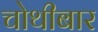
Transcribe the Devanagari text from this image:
चोथीबार